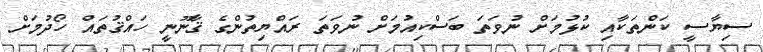
ސިޔާސީ ކަންތަކާއި ކުޅުމަށް ނުވަތަ ބަސްކިއުމަށް ނުވަތަ ރައްޔިތުންގެ ޤާނޫނީ ހައްޤުތައް ހޯދުމަށް